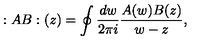
: A B : ( z ) = \oint { \frac { d w } { 2 \pi i } } { \frac { A ( w ) B ( z ) } { w - z } } ,